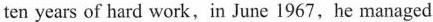
ten years of hard work,in June 1967,he managed